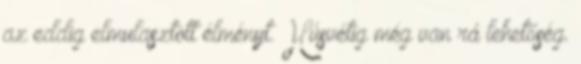
az eddig elmulasztott élményt. Húsvétig még van rá lehetőség.